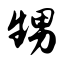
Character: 甥